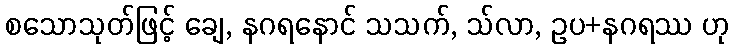
စသောသုတ်ဖြင့် ချေ, နဂရနောင် သသက်, သ်လာ, ဥပ+နဂရဿ ဟု